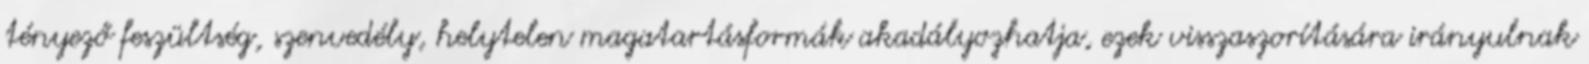
tényező feszültség, szenvedély, helytelen magatartásformák akadályozhatja, ezek visszaszorítására irányulnak